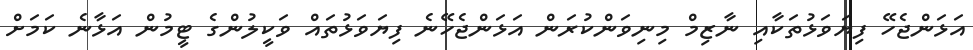
އަޅަންޖެހޭ ފިޔަވަޅުތަކާއި ނާޒިމް މިނިވަންކުރަން އަޅަންޖެހޭނެ ފިޔަވަޅުތައް ވަކީލުންގެ ޓީމުން އަޅާނެ ކަމަށް